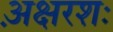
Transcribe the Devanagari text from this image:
अ़क्षरशः